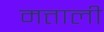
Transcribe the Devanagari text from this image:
मत्ताली